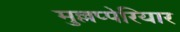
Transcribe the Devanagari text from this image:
मुल्लप्पेरियार